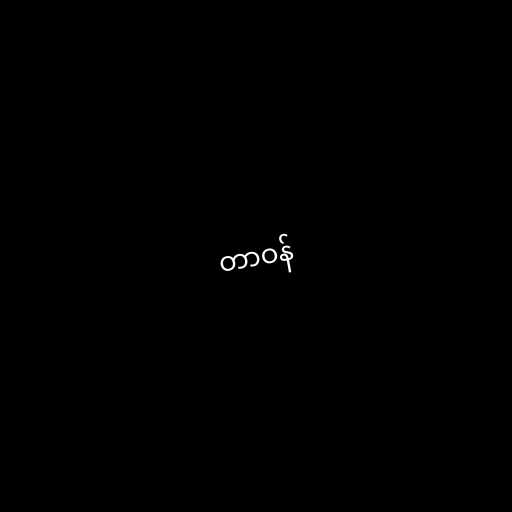
တာဝန်